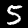
Digit: 5